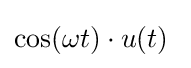
\cos(\omega t)\cdot u(t)\